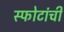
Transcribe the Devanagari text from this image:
स्फोटांची